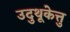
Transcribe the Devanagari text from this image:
उदुथूकेत्तु